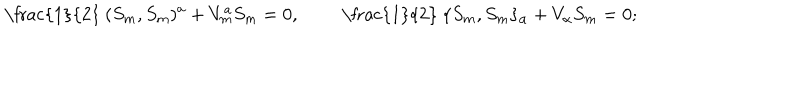
\mathrm { ~ \frac { 1 } { 2 } ~ } ( S _ { m } , S _ { m } ) ^ { a } + V _ { m } ^ { a } S _ { m } = 0 , \qquad \mathrm { ~ \frac { 1 } { 2 } ~ } \{ S _ { m } , S _ { m } \} _ { \alpha } + V _ { \alpha } S _ { m } = 0 ;